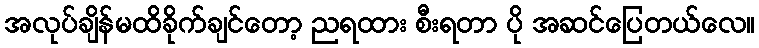
အလုပ်ချိန်မထိခိုက်ချင်တော့ ညရထား စီးရတာ ပို အဆင်ပြေတယ်လေ။